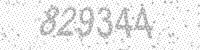
Solution: 829344